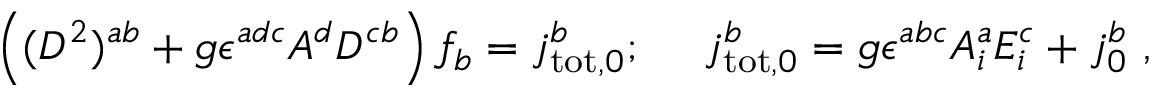
\left( ( D ^ { 2 } ) ^ { a b } + g \epsilon ^ { a d c } A ^ { d } D ^ { c b } \right) f _ { b } = j _ { \mathrm { t o t } , 0 } ^ { b } ; ~ ~ ~ ~ j _ { \mathrm { t o t } , 0 } ^ { b } = g \epsilon ^ { a b c } A _ { i } ^ { a } E _ { i } ^ { c } + j _ { 0 } ^ { b } ~ ,